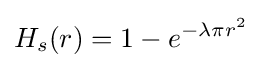
H_{s}(r)=1-e^{-\lambda \pi r^{2}}